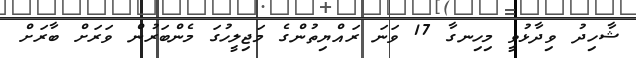
ޝާހިދު ވިދާޅުވީ މިހިނގާ 17 ވަނަ ރައްޔިތުންގެ މަޖިލީހުގަ މެންބަރުން ވަރަށް ބާރަށް